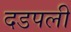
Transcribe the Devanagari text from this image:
दडपली